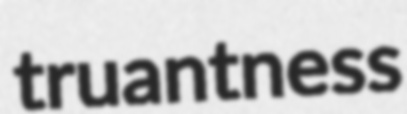
truantness